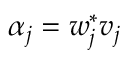
\alpha _ { j } = w _ { j } ^ { * } v _ { j }